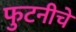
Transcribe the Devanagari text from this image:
फुटनीचे